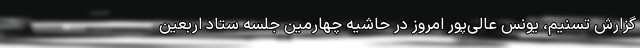
گزارش تسنیم، یونس عالی‌پور امروز در حاشیه چهارمین جلسه ستاد اربعین